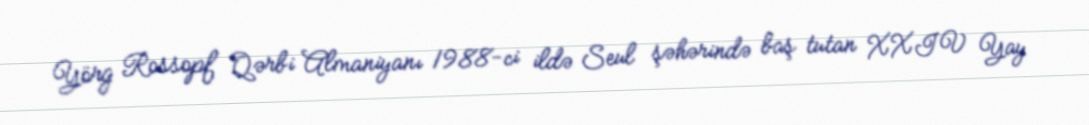
Yörg Rossopf Qərbi Almaniyanı 1988-ci ildə Seul şəhərində baş tutan XXIV Yay